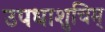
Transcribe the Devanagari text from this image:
उपधाशुचिम्